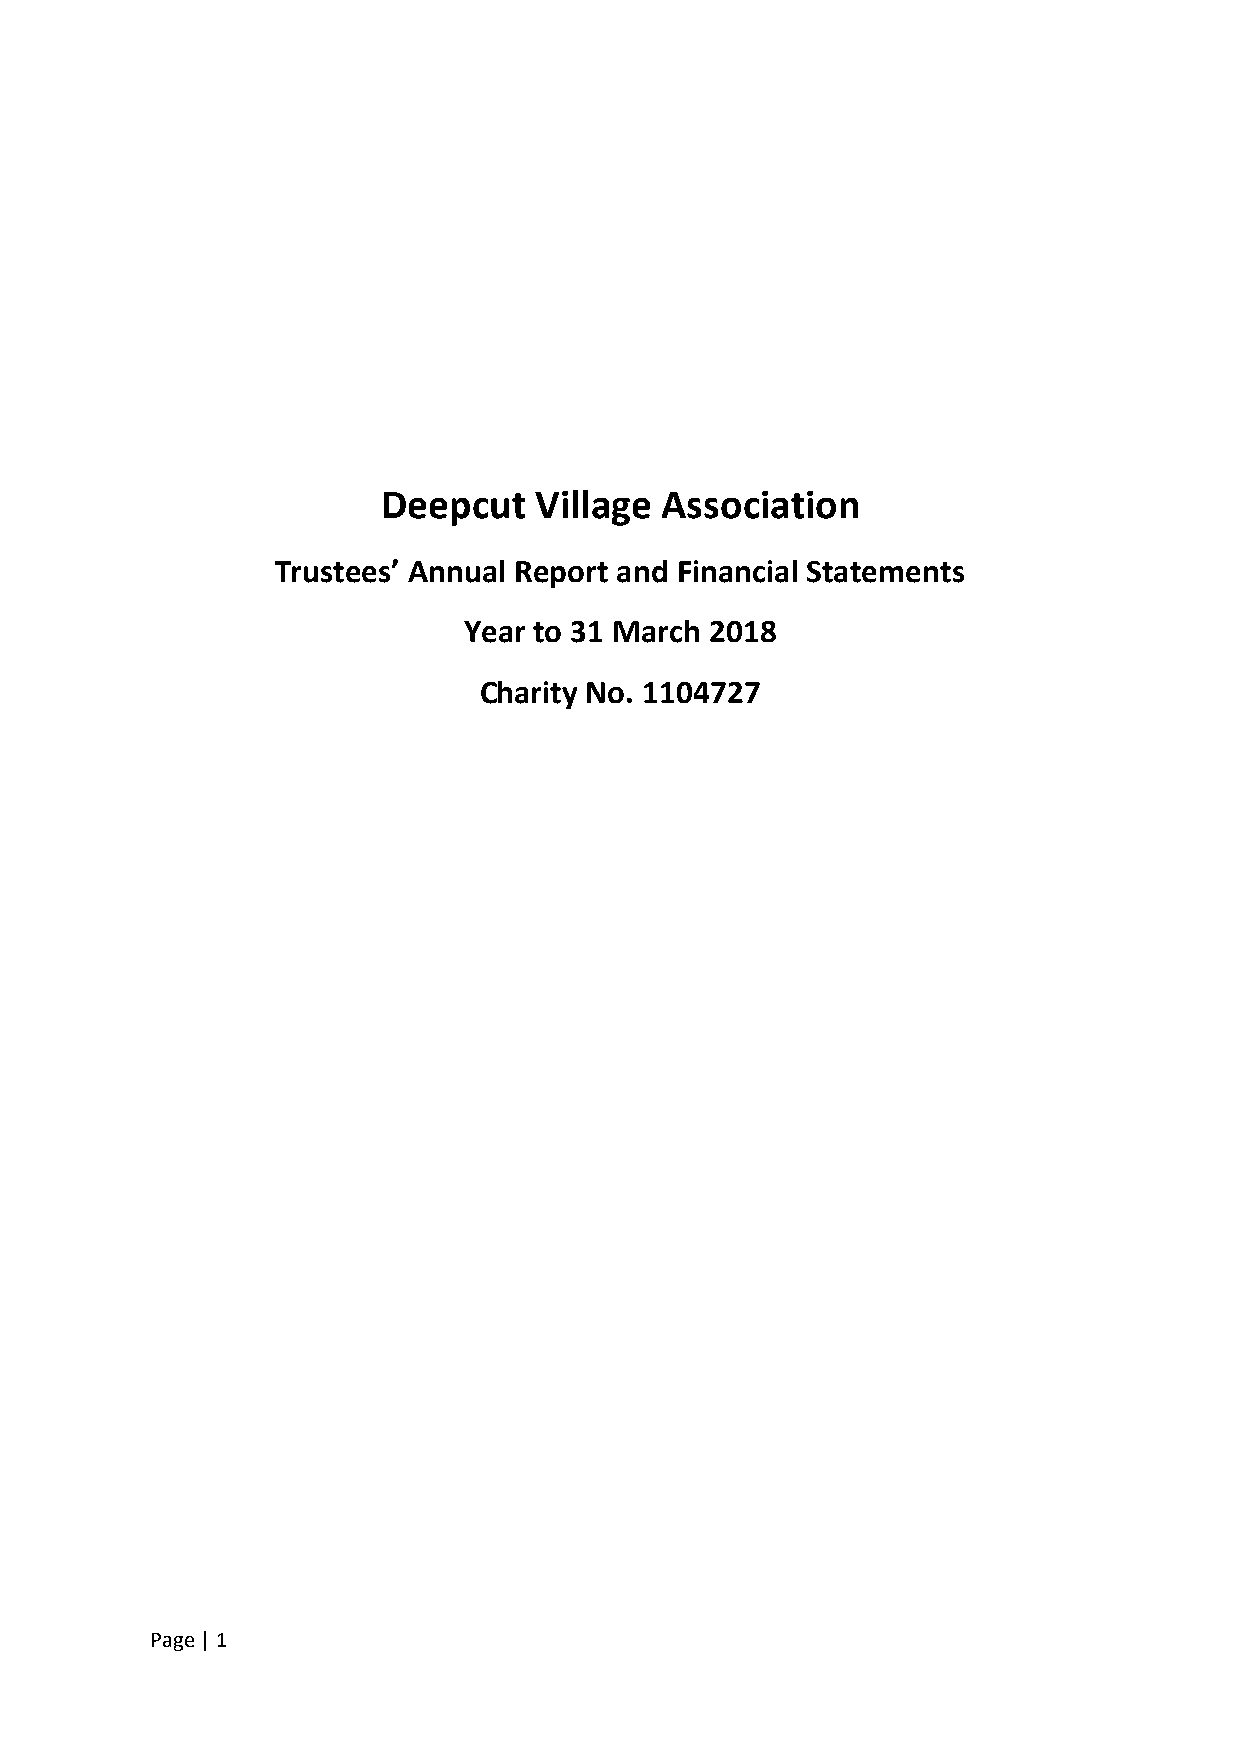
Deepcut   Village  Association
 Trustees’ Annual Report and Financial Statements
 Year to 31 March 2018
 Charity No. 1104727
 Page | 1